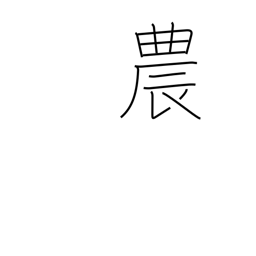
Meaning: agriculture